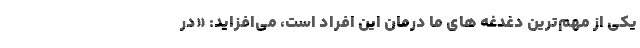
یکی از مهم‌ترین دغدغه های ما درمان این افراد است، می‌افزاید: «در